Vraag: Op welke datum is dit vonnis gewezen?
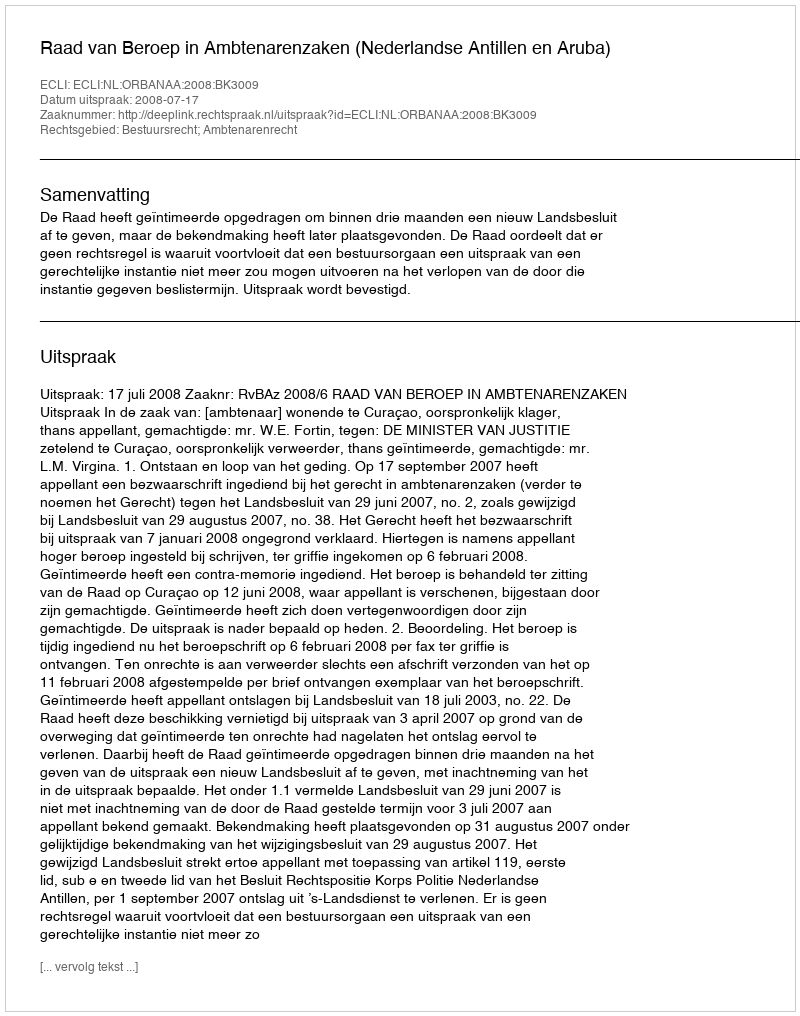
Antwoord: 2008-07-17